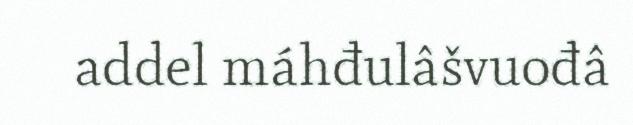
addel máhđulâšvuođâ